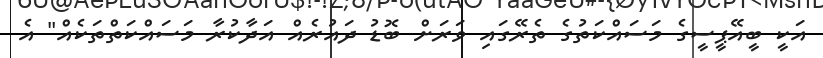
އަކީ ބީއޭޕީސީގެ މަސައްކަތުގެ ތެރޭގައި ވަރަށް ބޮޑު ދައުރެއް އަދާކުރާ މަސައްކަތްތަކެއް" އެ